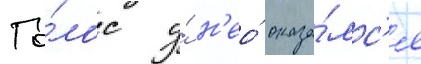
Го́лос у́ н'ео́ оказа́лс'я